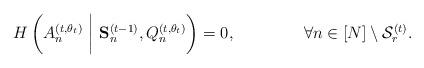
LaTeX: \begin{align*} H\left(A_n^{(t,\theta_t)}~\bigg|~ \mathbf{S}_{n}^{(t-1)}, Q_n^{(t,\theta_t)}\right) & =0, & \forall n\in[N]\setminus\mathcal{S}_r^{(t)}.\end{align*}